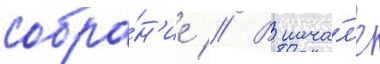
собра́н'ие // В нача́л'е